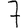
Digit: 7